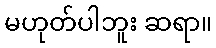
မဟုတ်ပါဘူး ဆရာ။